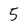
Character: 5